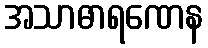
အသာဓာရဏေန